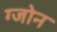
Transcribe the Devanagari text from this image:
ग्जोन